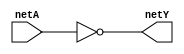
module not_gate(
    input netA,
    output netY
);

assign netY = ~netA;

endmodule